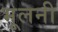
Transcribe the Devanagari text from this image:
भूलनी